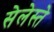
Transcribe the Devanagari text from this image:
सेलेस्ते